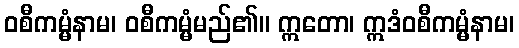
ဝစီကမ္မံနာမ၊ ဝစီကမ္မံမည်၏။ ဣတော၊ ဣဒံဝစီကမ္မံနာမ၊